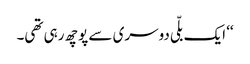
‘‘ ایک بلّی دوسری سے پوچھ رہی تھی۔